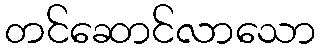
တင်ဆောင်လာသော